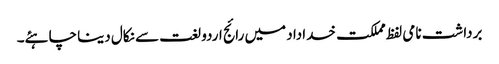
برداشت نامی لفظ مملکت خداداد میں رائج اردو لغت سے نکال دینا چاہئے۔